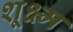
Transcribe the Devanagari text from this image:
शूक्ष्म